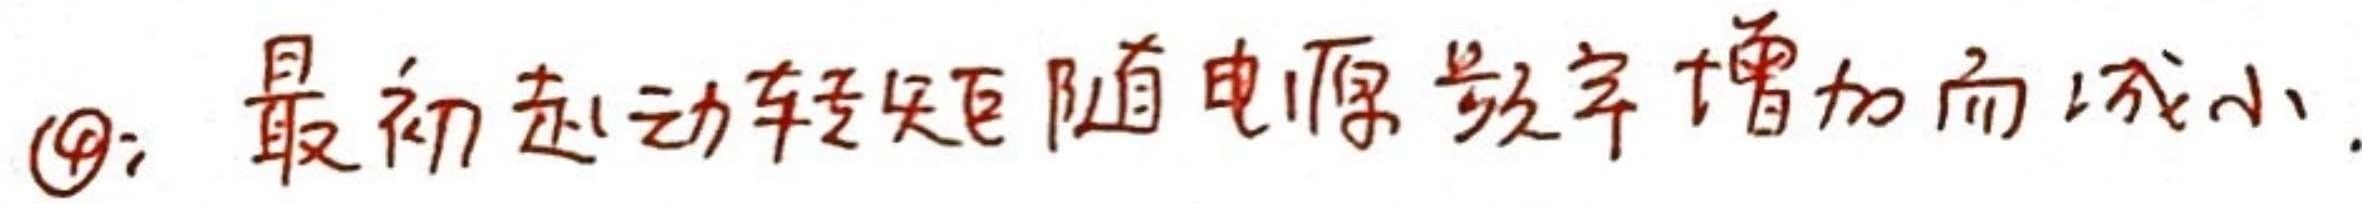
\textcircled{4}: 最初起动转矩随电源频率增加而减小.